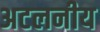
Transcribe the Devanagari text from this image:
अटलनीय